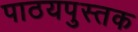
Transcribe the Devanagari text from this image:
पाठयपुस्तक